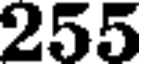
255